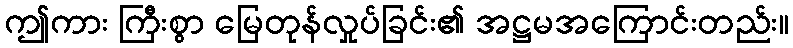
ဤကား ကြီးစွာ မြေတုန်လှုပ်ခြင်း၏ အဋ္ဌမအကြောင်းတည်း။